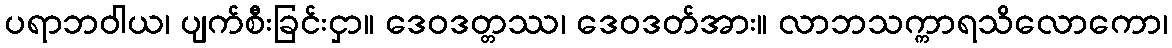
ပရာဘဝါယ၊ ပျက်စီးခြင်းငှာ။ ဒေဝဒတ္တဿ၊ ဒေဝဒတ်အား။ လာဘသက္ကာရသိလောကော၊